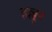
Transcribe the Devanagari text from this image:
हल्लूर